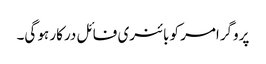
پروگرامر کو بائنری فائل درکار ہو گی۔